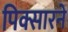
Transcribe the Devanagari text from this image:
पिक्सारने